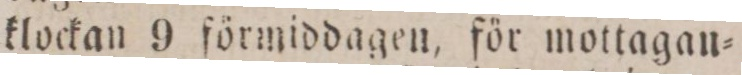
klockan 9 förmiddagen, för mottagan=